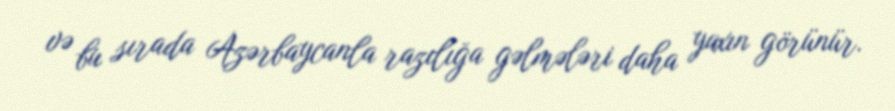
və bu sırada Azərbaycanla razılığa gəlmələri daha yaxın görünür.